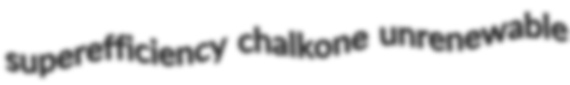
superefficiency chalkone unrenewable